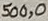
Text: 500,0